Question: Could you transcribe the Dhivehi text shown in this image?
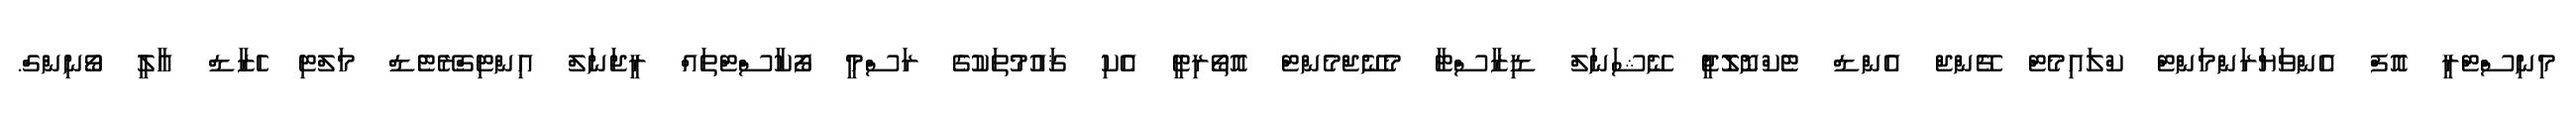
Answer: މިނިސްޓްރީ އޮފް އެންވަޔަރަންމަންޓް ކްލައިމެޓް ޗޭންޖް އެންޑް ޓެކްނޮލޮޖީ ނޭޝަނަލް ޑިޒާސްޓާ މެނޭޖްމެންޓް އޮތޯރިޓީ އެކި ޤައުމުތަކުގެ ރަސްމީ ފޯކާސްޓްތައް ރީޖަނަލް އިންޓިގްރޭޓެޑް މަލްޓި ހެޒާޑް އާލީ ވޯނިންގް.